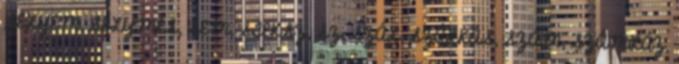
SELYEM, SELYMES, SEM, STEKSZ, SZ, SZÁL, SZÁLKÁS, SZÁM, SZÁMLÁZ,